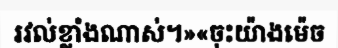
រវល់ខ្លាំងណាស់។»«ចុះយ៉ាងម៉េច